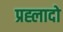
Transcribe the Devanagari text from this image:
प्रह्लादो